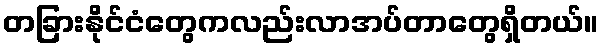
တခြားနိုင်ငံတွေကလည်းလာအပ်တာတွေရှိတယ်။